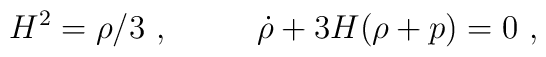
H^2  = \rho/3 \ ,~~~~~~~~ \dot \rho + 3H (\rho + p) =0 \ ,